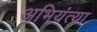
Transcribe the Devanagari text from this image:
अभियंत्या